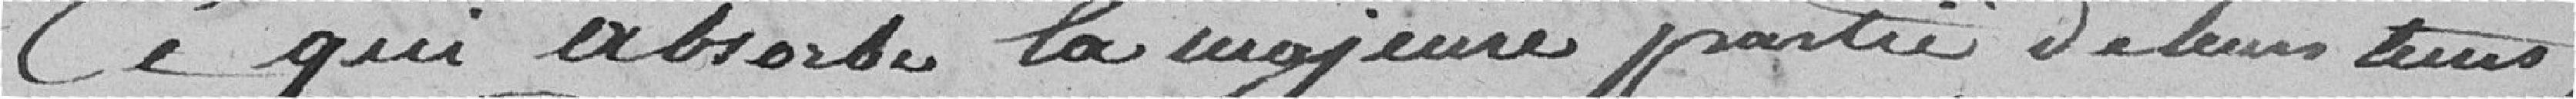
Ce qui absorbe la majeur partie de leurs temps,